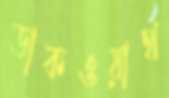
ডাকওয়ার্থ